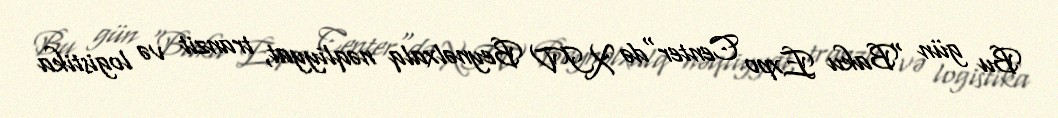
Bu gün "Baku Expo Center"də XIV Beynəlxalq nəqliyyat, tranzit və logistika